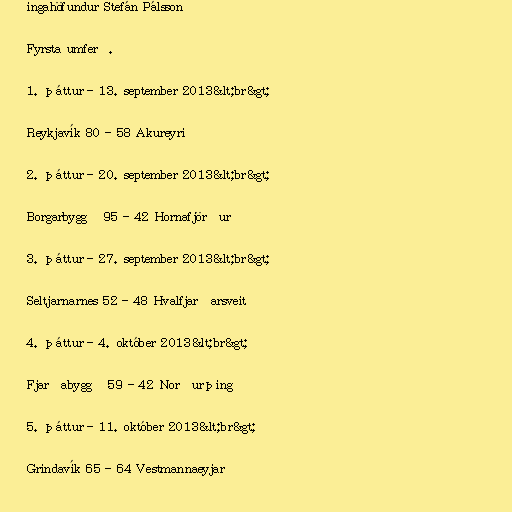
ingahöfundur Stefán Pálsson

Fyrsta umferð.

1. þáttur - 13. september 2013&lt;br&gt;

Reykjavík 80 - 58 Akureyri

2. þáttur - 20. september 2013&lt;br&gt;

Borgarbyggð 95 - 42 Hornafjörður

3. þáttur - 27. september 2013&lt;br&gt;

Seltjarnarnes 52 - 48 Hvalfjarðarsveit

4. þáttur - 4. október 2013&lt;br&gt;

Fjarðabyggð 59 - 42 Norðurþing

5. þáttur - 11. október 2013&lt;br&gt;

Grindavík 65 - 64 Vestmannaeyjar